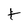
Character: t